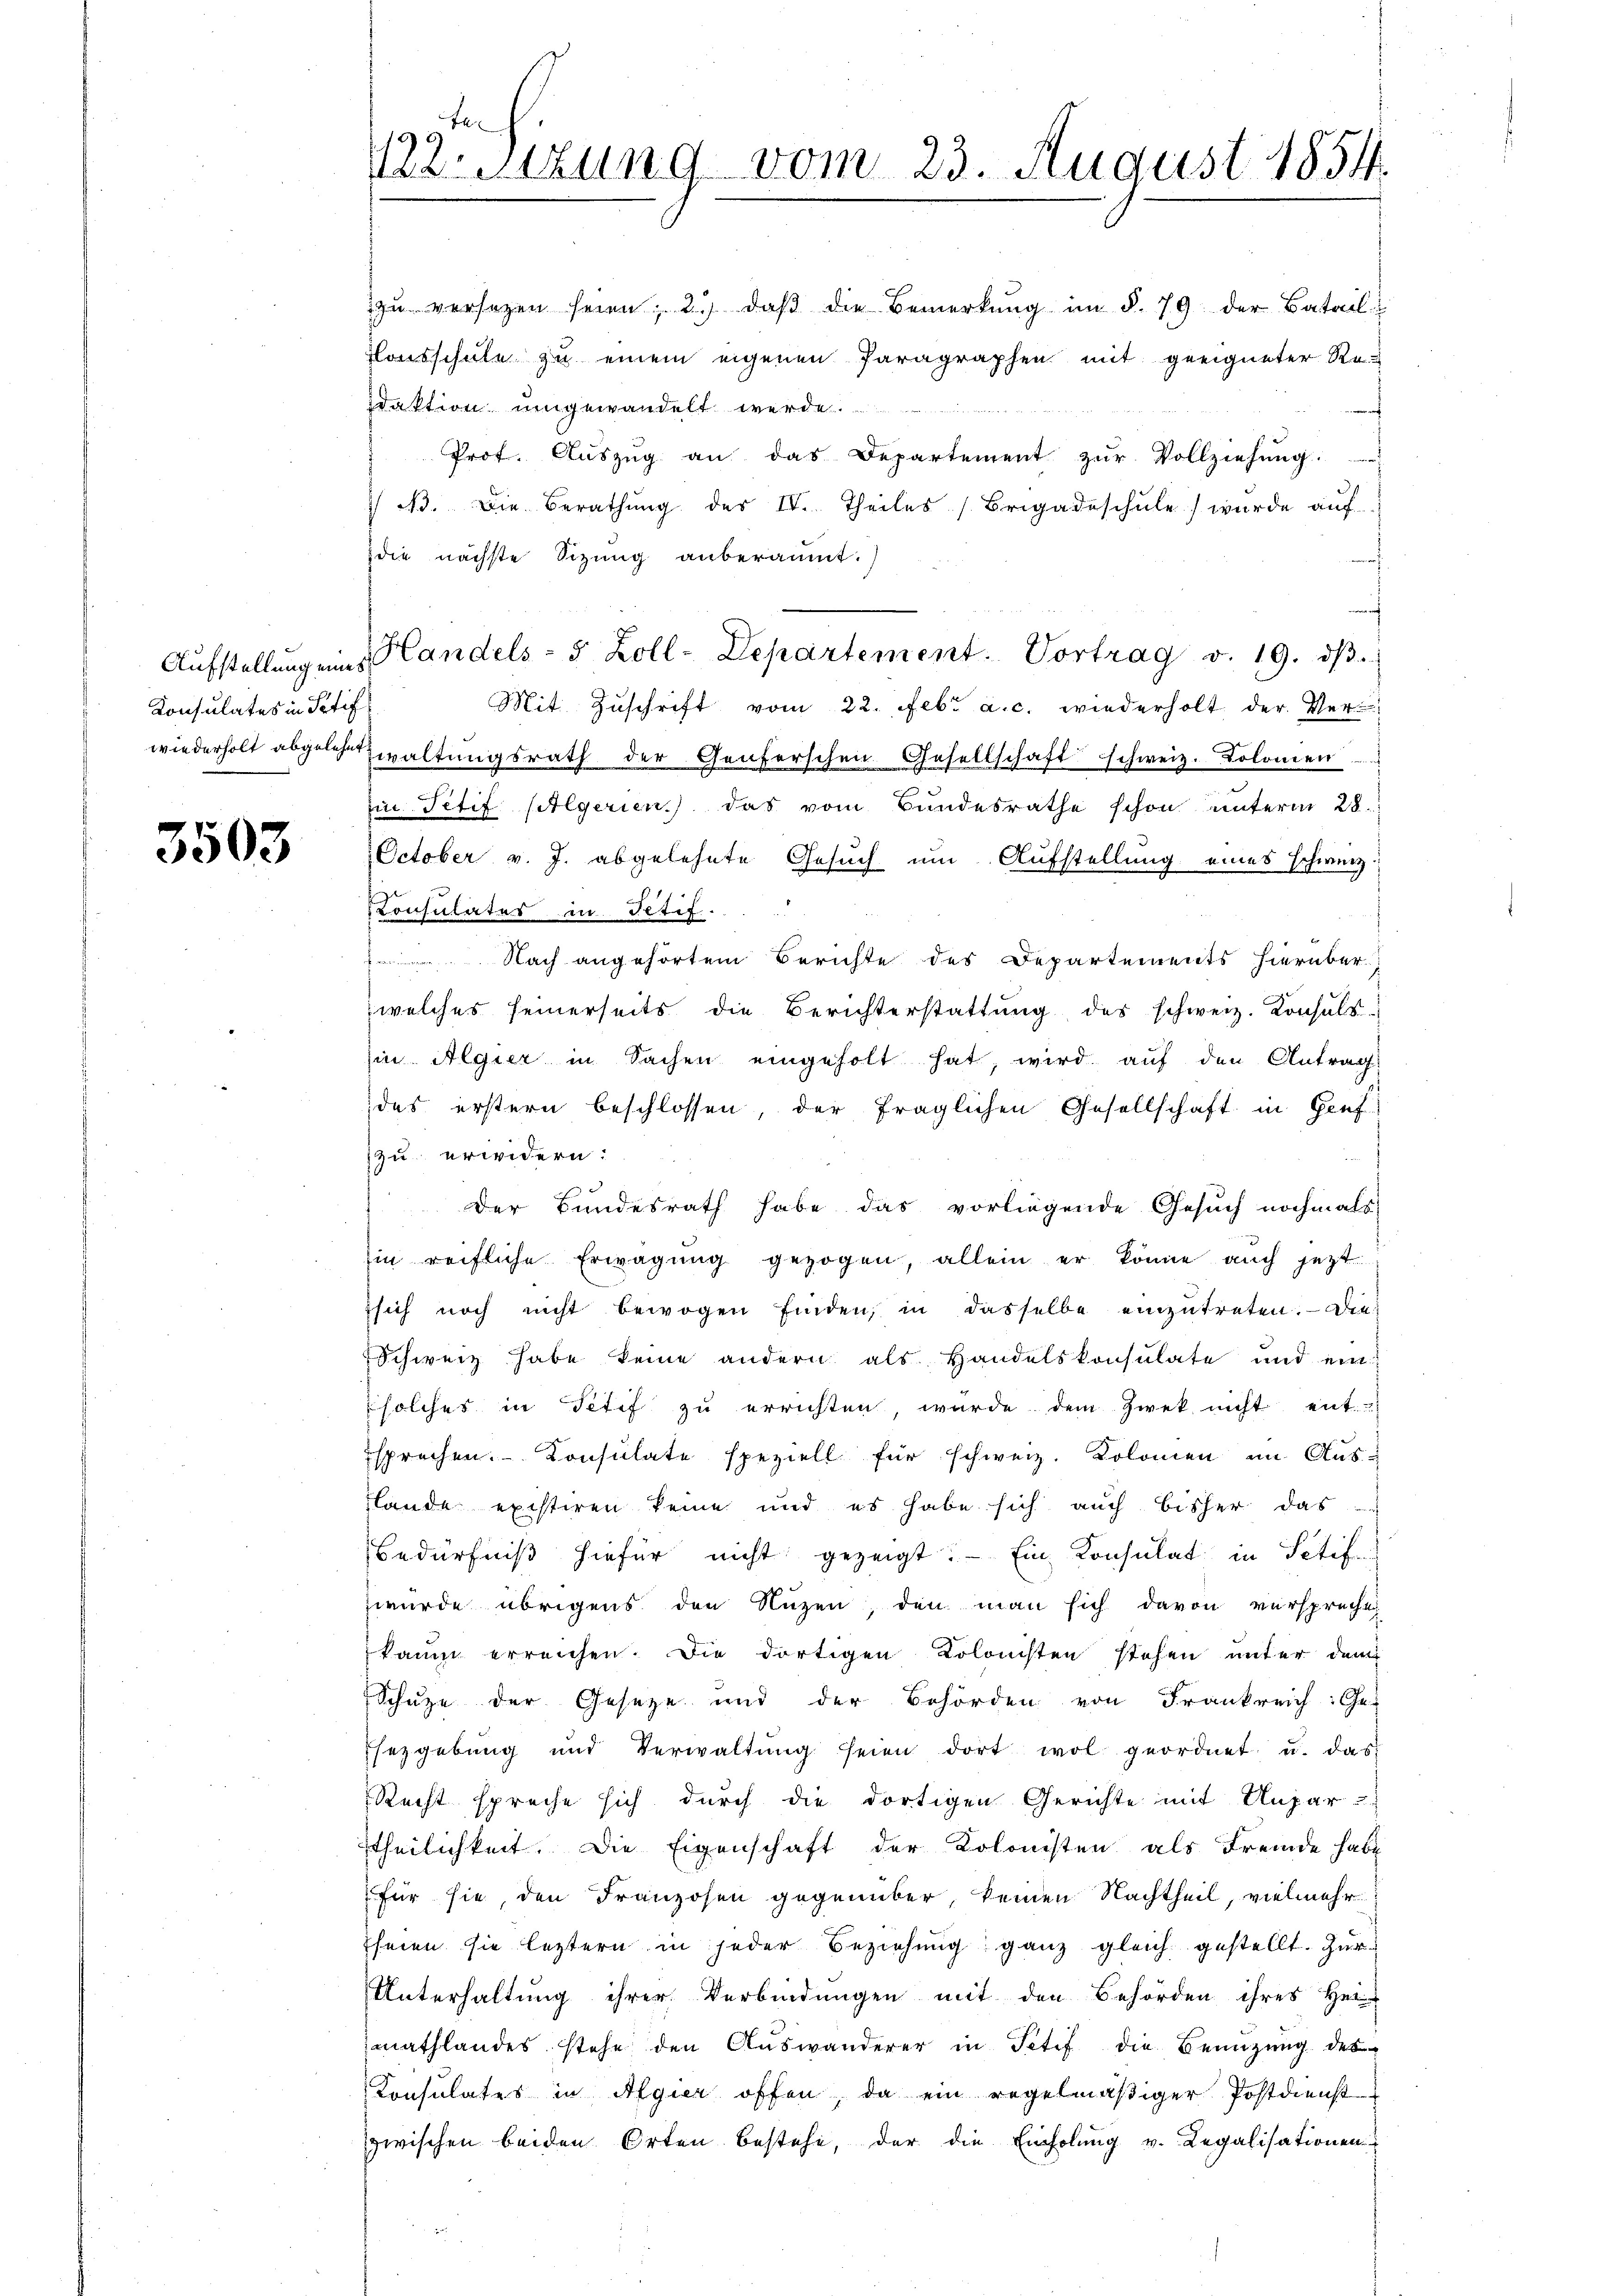
Konsulates in Stif

3503

122. Sitzung vom 23. August 1854.

daktion umgewandelt werde.
Prof. Aŭszŭg an das Departement zŭr Vollziehŭng .....
 N. Die Berathŭng des IV. Theiles (Brigadeschŭle wurde auf
die nächste Sitzung anberaumt.)
Mit Zuschrift vom 22. Febr. a. c. wiederholt der Verwiederholt abgelegt waltŭngsrath der Genferschen Gesellschaft schweiz. Kolomen
Ein Titif pilgerien) das vom Bundesrathe schon unterm 28.
October v. J. abgelehnte Gesuch um Aufstellung eines schweiz.
Consulates in Fetif.
 Nach angehörtem Berichte des Departements hierüber
welches seinerseits die Berichterstattŭng des schweiz. Konsŭls-
ii Algier in Sachen eingeholt hat, wird auf den Antrag
des erstern beschlossen, der fraglichen Gesellschaft in Genf
zu erwidern:
 Der Bundesrath habe das vorliegende Gesuch nochmals
hin reifliche Erwägŭng gezogen, allein er könne aŭch jetzt
sich noch nicht bewogen finden, in dasselbe einzutreten. Die
Schweiz habe keine andern als Handelskonsulate und ein
solches in Titif zu errichten, wurde dem Zwek nicht ent-
sprechen. Konsulate speziell für schweiz. Kolomen im Auslände existiren keine und es habe sich auch bisher das
Bedürfniß hiefür nicht gezeigt. — Ein Konsulat in Stif
wurde übrigens den Nuzen, den man sich davon versprechen
kaum erreichen. Die dortigen Kolonisten stehen unter dem
Schuze der Gesetze und der Behörden von Frankreich: Ge-
Esezgebung und Verwaltŭng seien dort wol geordnet u. das
Recht spreche sich durch die dortigen Gerichte mit Unpar-
stheilichkeit. Die Eigenschaft der Kolonisten als Fremde habe
für sie den Franzosen gegenüber, keinen Nachtheil, vielmehr
seien sie leztern in jeder Beziehung ganz gleich gestellt. Zur
Unterhaltung ihrer Verbindungen mit den Behörden ihres Hei
mathlandes stehe den Auswanderer in Petif die Benützung des
Konsulates in Algier offen, da ein regelmäßiger Postdienst
zwischen beiden Orten bestehe, der die Einholung v. Legalisationen

Aufstellung eine Landels- 5 Zoll-Departement. Vortrag v. 19. dβ.

zŭ versetzen seien; 2. daβ die Bemerkŭng im §. 79 der Batail
Flausschule zu einem eigenen Paragraphen mit geeigneter Re-